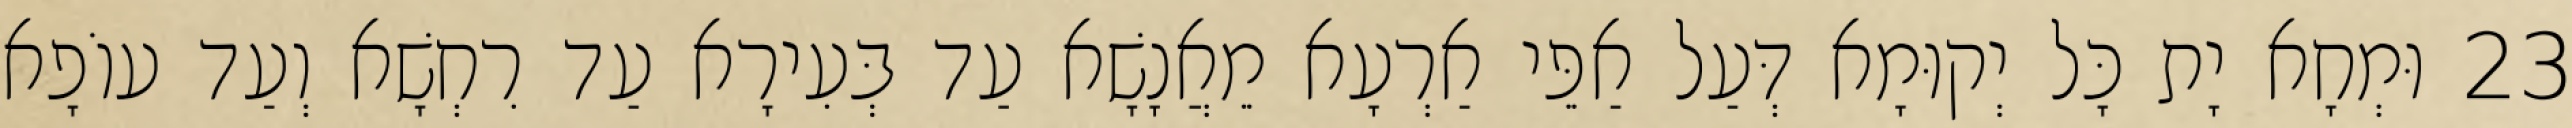
23 וּמְחָא יָת כָּל יְקוּמָא דְּעַל אַפֵּי אַרְעָא מֵאֲנָשָׁא עַד בְּעִירָא עַד רִחְשָׁא וְעַד עוֹפָא